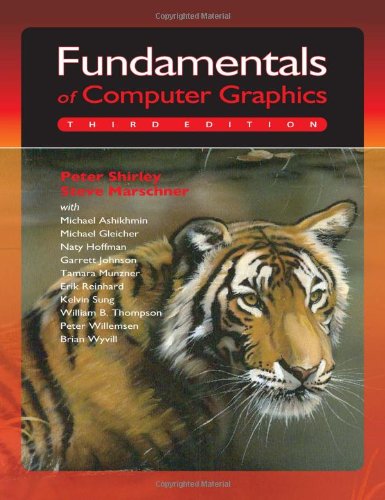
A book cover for Fundamentals of Computer Graphics; Peter Shirley; Computers & Technology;